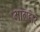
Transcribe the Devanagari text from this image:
भागहार